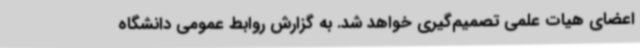
اعضای هیات علمی تصمیم‌گیری خواهد شد. به گزارش روابط عمومی دانشگاه